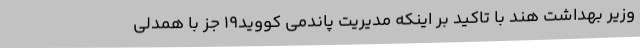
وزیر بهداشت هند با تاکید بر اینکه مدیریت پاندمی کووید۱۹ جز با همدلی